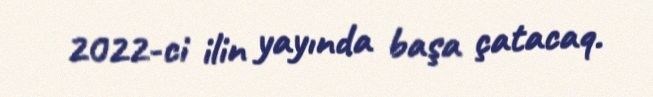
2022-ci ilin yayında başa çatacaq.